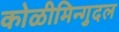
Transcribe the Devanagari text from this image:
कोळीमिन्गुदल